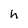
Character: h